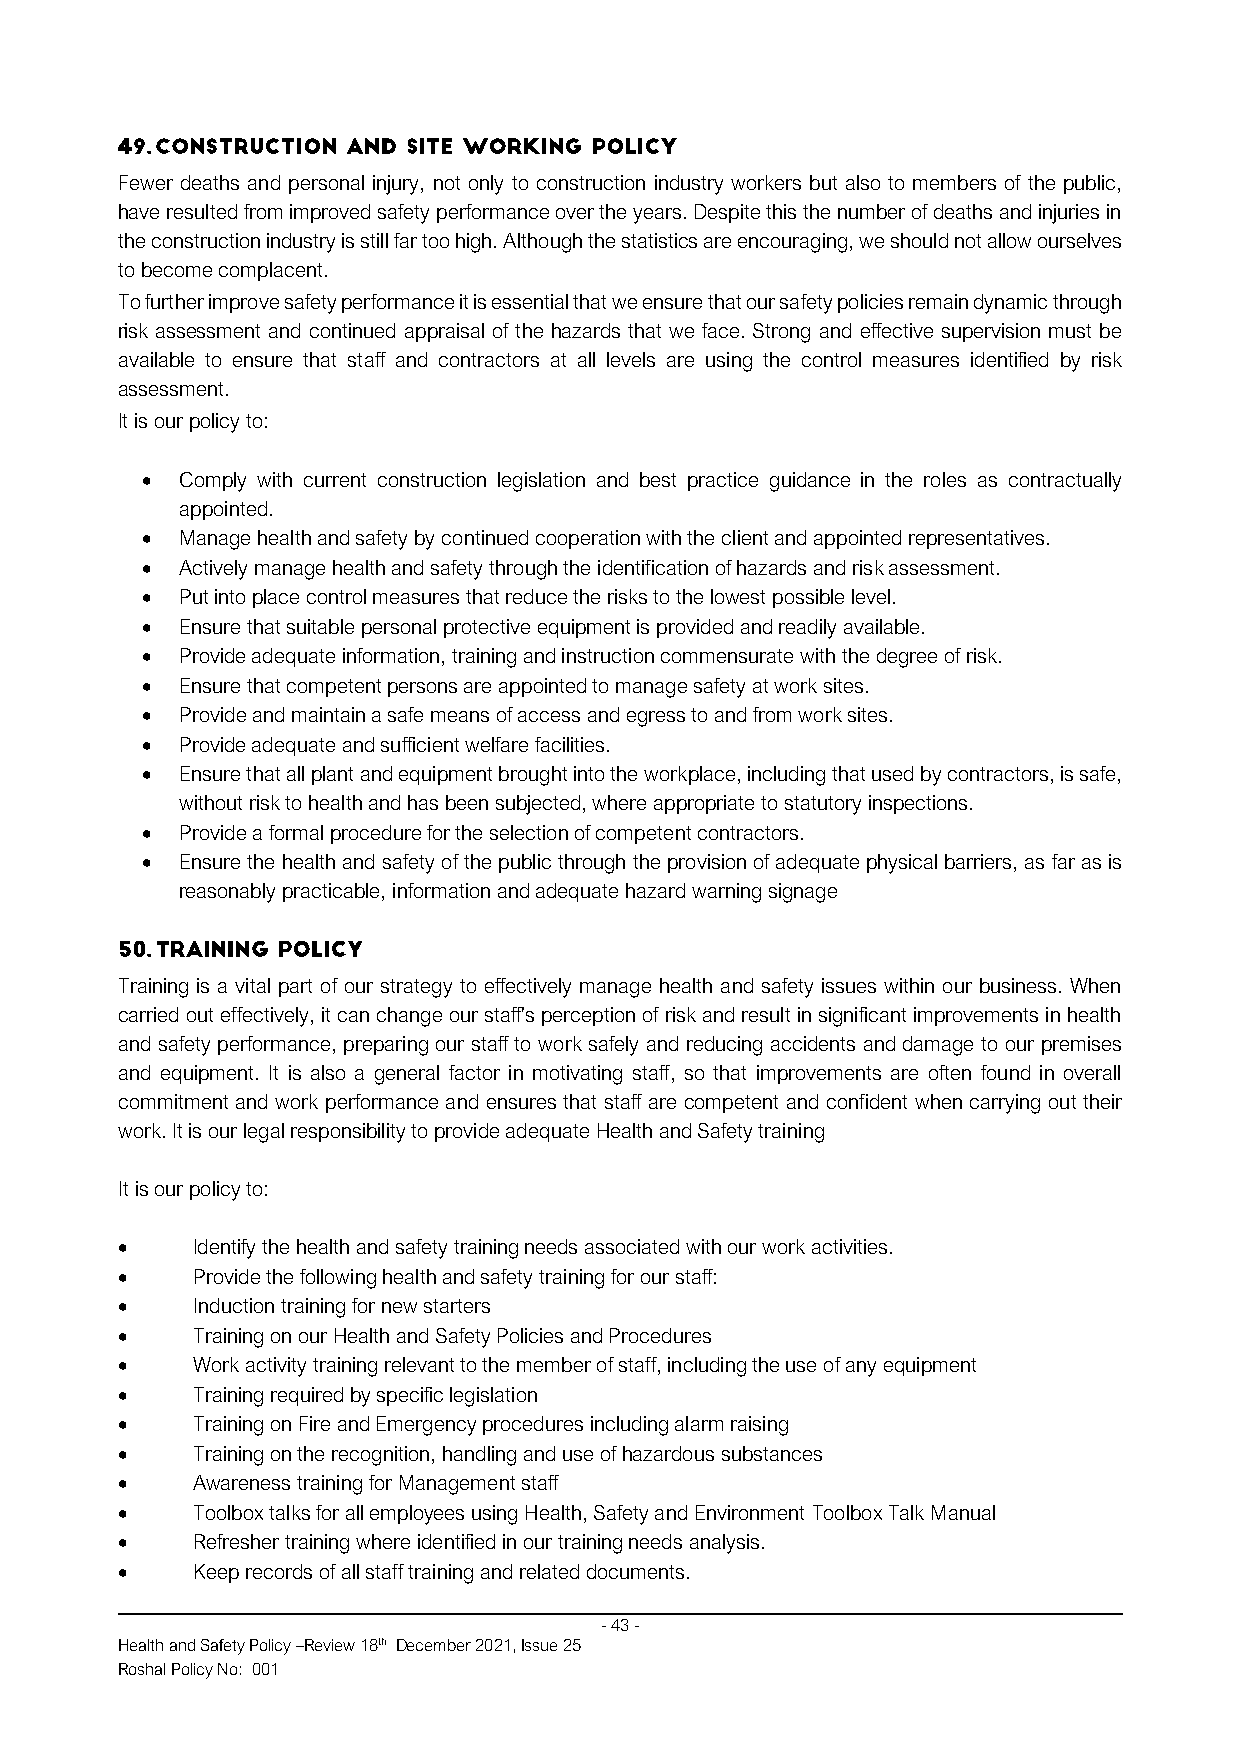
Fewer deaths and personal injury, not only to construction industry workers but also to members of the public,
 have resulted from improved safety performance over the years. Despite this the number of deaths and injuries in
 the construction industry is still far too high. Although the statistics are encouraging, we should not allow ourselves
 to become complacent.
 To further improve safety performance it is essential that we ensure that our safety policies remain dynamic through
 risk assessment and continued appraisal of the hazards that we face. Strong and effective supervision must be
 available to ensure that staff and contractors at all levels are using the control measures identified by risk
 assessment.
 It is our policy to:
 •  Comply with current construction legislation and best practice guidance in the roles as contractually
 appointed.
 •  Manage health and safety by continued cooperation with the client and appointed representatives.
 •  Actively manage health and safety through the identification of hazards and risk assessment.
 •  Put into place control measures that reduce the risks to the lowest possible level.
 •  Ensure that suitable personal protective equipment is provided and readily available.
 •  Provide adequate information, training and instruction commensurate with the degree of risk.
 •  Ensure that competent persons are appointed to manage safety at work sites.
 •  Provide and maintain a safe means of access and egress to and from work sites.
 •  Provide adequate and sufficient welfare facilities.
 •  Ensure that all plant and equipment brought into the workplace, including that used by contractors, is safe,
 without risk to health and has been subjected, where appropriate to statutory inspections.
 •  Provide a formal procedure for the selection of competent contractors.
 •  Ensure the health and safety of the public through the provision of adequate physical barriers, as far as is
 reasonably practicable, information and adequate hazard warning signage
 Training is a vital part of our strategy to effectively manage health and safety issues within our business. When
 carried out effectively, it can change our staff's perception of risk and result in significant improvements in health
 and safety performance, preparing our staff to work safely and reducing accidents and damage to our premises
 and equipment. It is also a general factor in motivating staff, so that improvements are often found in overall
 commitment and work performance and ensures that staff are competent and confident when carrying out their
 work. It is our legal responsibility to provide adequate Health and Safety training
 It is our policy to:
 •    Identify the health and safety training needs associated with our work activities.
 •    Provide the following health and safety training for our staff:
 •    Induction training for new starters
 •    Training on our Health and Safety Policies and Procedures
 •    Work activity training relevant to the member of staff, including the use of any equipment
 •    Training required by specific legislation
 •    Training on Fire and Emergency procedures including alarm raising
 •    Training on the recognition, handling and use of hazardous substances
 •    Awareness training for Management staff
 •    Toolbox talks for all employees using Health, Safety and Environment Toolbox Talk Manual
 •    Refresher training where identified in our training needs analysis.
 •    Keep records of all staff training and related documents.
 - 43 -
 Health and Safety Policy –Review 18th December 2021, Issue 25
 Roshal Policy No: 001